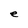
Character: e